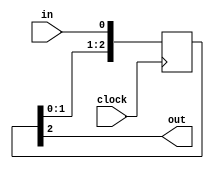
module sync
  (
   input  clock,
   input  in,
   output out
   );

   (* ASYNC_REG="TRUE", TIG="TRUE" *) reg [2:0] sreg = 0;
   always @(posedge clock)
     sreg <= {sreg[1:0], in};
   assign out = sreg[2];
endmodule